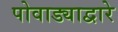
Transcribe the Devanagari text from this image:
पोवाड्याद्वारे